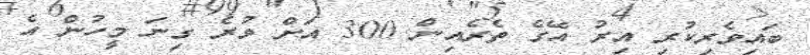
ބައިވެރިކުރި އިރު އޭގެ ތެރެއިން 300 އަށް ވުރެ ގިނަ މީހުން އެ